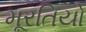
મૂરતિયો